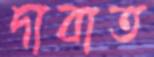
দাবাত